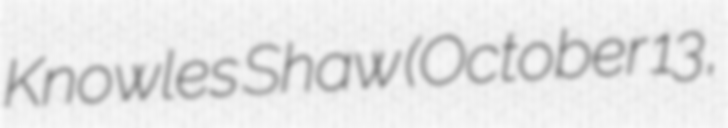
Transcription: Knowles Shaw (October 13,